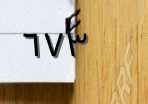
٦٧٣